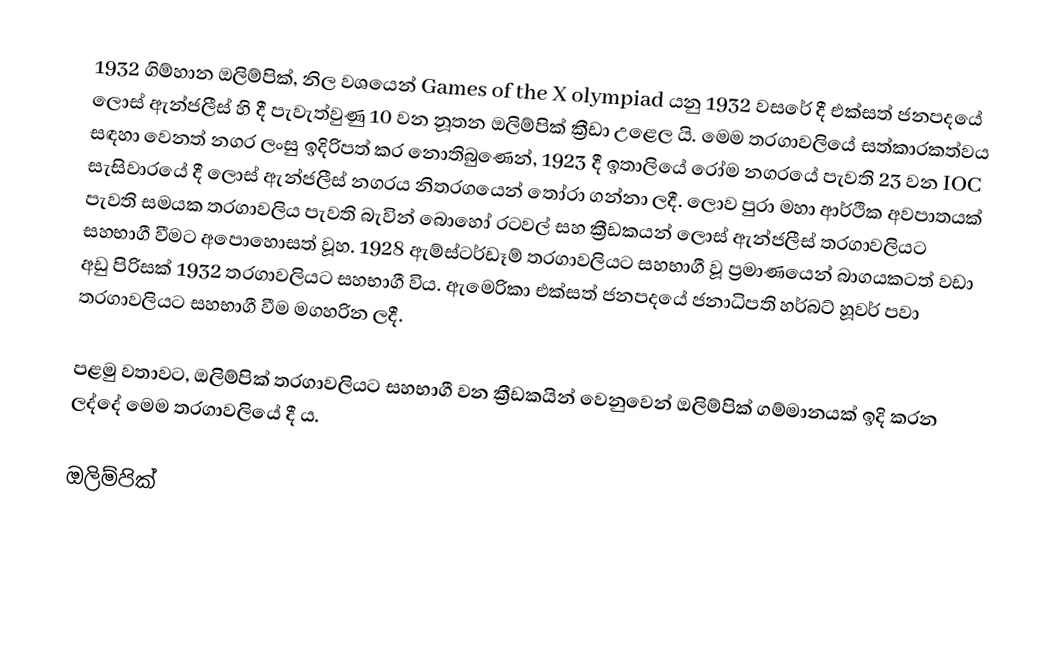
1932 ගිම්හාන ඔලිම්පික්, නිල වශයෙන් Games of the X olympiad යනු 1932 වසරේ දී එක්සත් ජනපදයේ ලොස් ඇන්ජලීස් හි දී පැවැත්වුණු 10 වන නූතන ඔලිම්පික් ක්‍රීඩා උළෙල යි. මෙම තරගාවලියේ සත්කාරකත්වය සඳහා වෙනත් නගර ලංසු ඉදිරිපත් කර නොතිබුණෙන්, 1923 දී ඉතාලියේ රෝම නගරයේ පැවති 23 වන IOC සැසිවාරයේ දී ලොස් ඇන්ජලීස් නගරය නිතරගයෙන් තෝරා ගන්නා ලදී. ලොව පුරා මහා ආර්ථික අවපාතයක් පැවති සමයක තරගාවලිය පැවති බැවින් බොහෝ රටවල් සහ ක්‍රීඩකයන් ලොස් ඇන්ජලීස් තරගාවලියට සහභාගී වීමට අපොහොසත් වූහ. 1928 ඇම්ස්ටර්ඩෑම් තරගාවලියට සහභාගී වූ ප්‍රමාණයෙන් බාගයකටත් වඩා අඩු පිරිසක් 1932 තරගාවලියට සහභාගී විය. ඇමෙරිකා එක්සත් ජනපදයේ ජනාධිපති හර්බට් හූවර් පවා තරගාවලියට සහභාගී වීම මගහරින ලදී.

පළමු වතාවට, ඔලිම්පික් තරගාවලියට සහභාගී වන ක්‍රීඩකයින් වෙනුවෙන් ඔලිම්පික් ගම්මානයක් ඉදි කරන ලද්දේ මෙම තරගාවලියේ දී ය.

ඔලිම්පික්